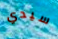
سيدي